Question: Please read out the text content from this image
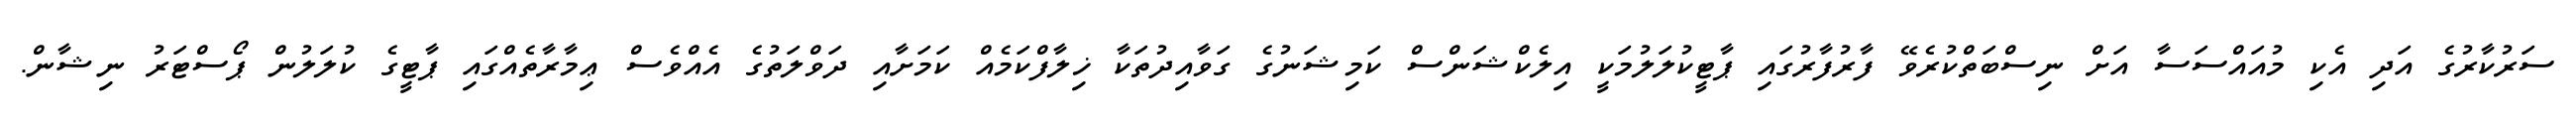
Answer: ސަރުކާރުގެ އަދި އެކި މުއައްސަސާ އަށް ނިސްބަތްކުރެވޭ ފާރުފާރުގައި ޕާޓީކުލަލުމަކީ އިލެކްޝަންސް ކަމިޝަނުގެ ގަވާއިދުތަކާ ޚިލާފްކަމެއް ކަމަށާއި ދަވްލަތުގެ އެއްވެސް ޢިމާރާތެއްގައި ޕާޓީގެ ކުލަލުން ޕޯސްޓަރު ނިޝާން.